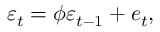
\varepsilon _ { t } = \phi \varepsilon _ { t - 1 } + e _ { t } ,